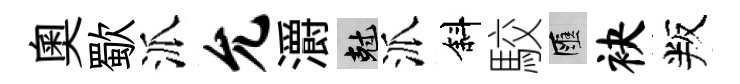
奥歜派允灂剋派斜駮匯袂叛